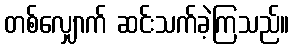
တစ်လျှောက် ဆင်းသက်ခဲ့ကြသည်။